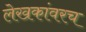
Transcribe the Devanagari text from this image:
लेखकांवरच